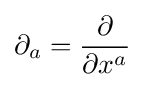
\partial _{a}={\frac {\partial }{\partial x^{a}}}